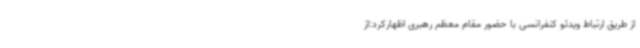
از طریق ارتباط ویدئو کنفرانسی با حضور مقام معظم رهبری اظهارکرد:از